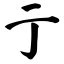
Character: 亍